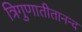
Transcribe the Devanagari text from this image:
त्रिगुणातीतानन्द